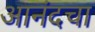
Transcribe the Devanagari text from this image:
आनंदचा